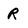
Character: R